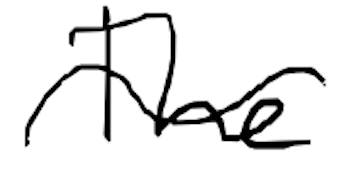
Text: The
Cross-out: wave
Writing tool: digital_black